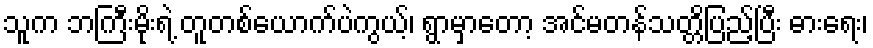
သူက ဘကြီးမိုးရဲ့ တူတစ်ယောက်ပဲကွယ့်၊ ရွာမှာတော့ အင်မတန်သတ္တိပြည့်ပြီး ဓားရေး၊